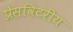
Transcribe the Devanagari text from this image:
प्रेसविटरीय